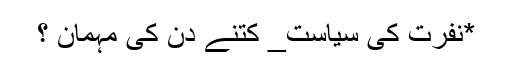
*نفرت کی سیاست_ کتنے دن کی مہمان ؟